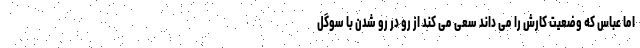
اما عباس که وضعیت کارش را می داند سعی می کند از رو در رو شدن با سوگل